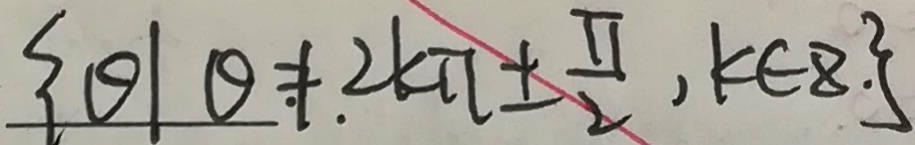
\{ \theta \vert \theta \neq 2 k \pi \pm \frac { \pi } { 2 } , k \in 8 . \}